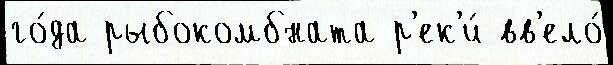
го́да рыбокомбната р'ек'и́ вв'ело́